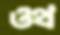
ওথ